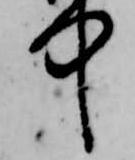
中